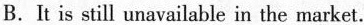
B. It is still unavailable in the market.